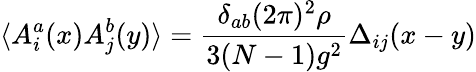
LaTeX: \langle A_{i}^{a}(x)A_{j}^{b}(y)\rangle=\frac{\delta_{ab}(2\pi)^{2}\rho}{3(N-1)g^{2}}\Delta_{ij}(x-y)